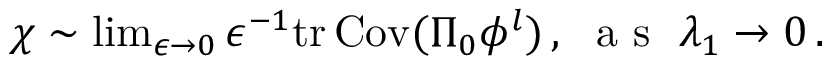
\begin{array} { r } { \chi \sim \operatorname* { l i m } _ { \epsilon \rightarrow 0 } \epsilon ^ { - 1 } \mathrm { t r } \, { \mathrm { C o v } ( \Pi _ { 0 } { { { \phi } ^ { l } } } ) } \, , ~ \mathrm { ~ a ~ s ~ } ~ \lambda _ { 1 } \rightarrow 0 \, . } \end{array}